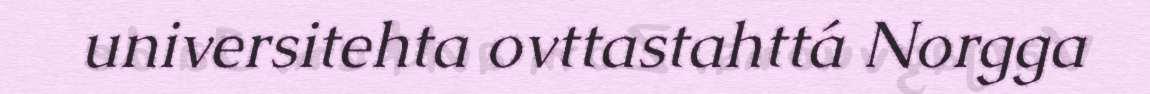
universitehta ovttastahttá Norgga